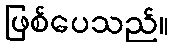
ဖြစ်ပေသည်။